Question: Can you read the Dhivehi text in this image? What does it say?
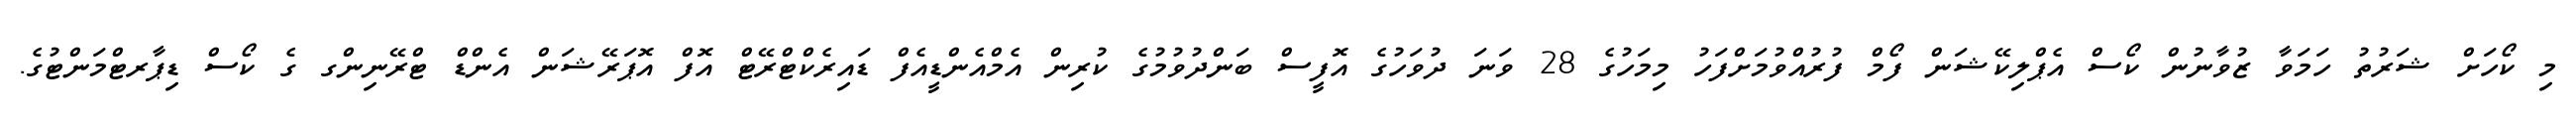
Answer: މި ކޯހަށް ޝަރުތު ހަމަވާ ޒުވާނުން ކޯސް އެޕްލިކޭޝަން ފޯމް ފުރުއްވުމަށްފަހު މިމަހުގެ 28 ވަނަ ދުވަހުގެ އޮފީސް ބަންދުވުމުގެ ކުރިން އެމްއެންޑީއެފް ޑައިރެކްޓްރޭޓް އޮފް އޮޕަރޭޝަން އެންޑް ޓްރޭނިންގ ގެ ކޯސް ޑިޕާރޓްމަންޓުގެ.